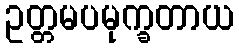
ဥတ္တမပမုက္ခတာယ